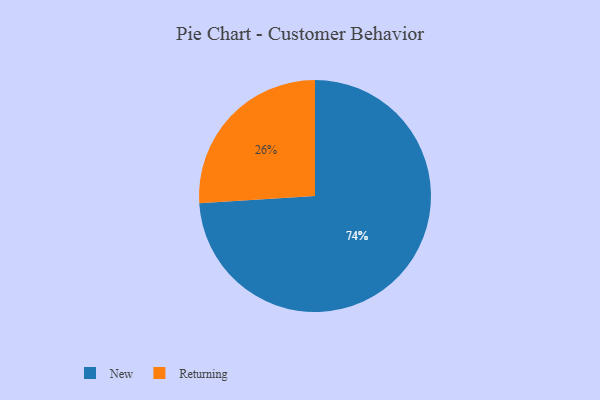
{"axis": {"x": "Category", "y": "Percentage"}, "legend": ["New", "Returning"], "data": [{"x": "New", "y": 74, "type": "New"}, {"x": "Returning", "y": 26, "type": "Returning"}]}